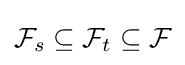
{\mathcal {F}}_{s}\subseteq {\mathcal {F}}_{t}\subseteq {\mathcal {F}}